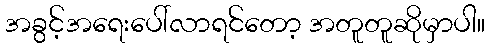
အခွင့်အရေးပေါ်လာရင်တော့ အတူတူဆိုမှာပါ။